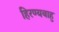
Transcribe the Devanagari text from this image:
हिरण्यबाहु